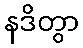
နဒိတွာ